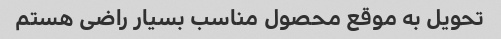
تحویل به موقع محصول مناسب بسیار راضی هستم